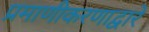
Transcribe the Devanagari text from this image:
प्रमाणीकरणाद्वारे